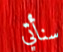
سنأتي